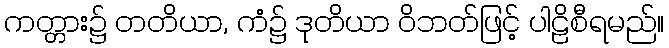
ကတ္တား၌ တတိယာ, ကံ၌ ဒုတိယာ ဝိဘတ်ဖြင့် ပါဠိစီရမည်။